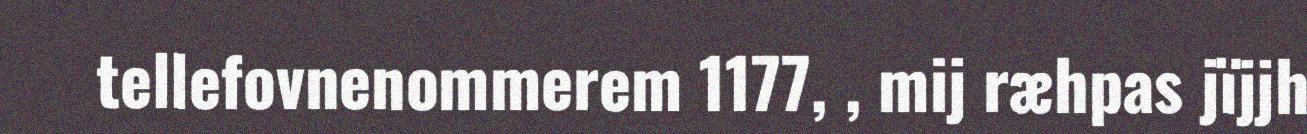
tellefovnenommerem 1177, , mij ræhpas jïjjh